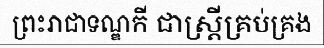
ព្រះរាជាទណ្ឌកី ជាស្ត្រីគ្រប់គ្រង